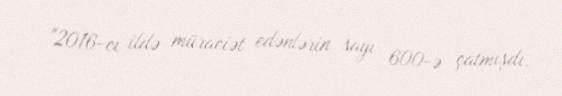
"2016-cı ildə müraciət edənlərin sayı 600-ə çatmışdı.